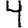
Digit: 4